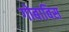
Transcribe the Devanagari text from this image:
गोबाबिस